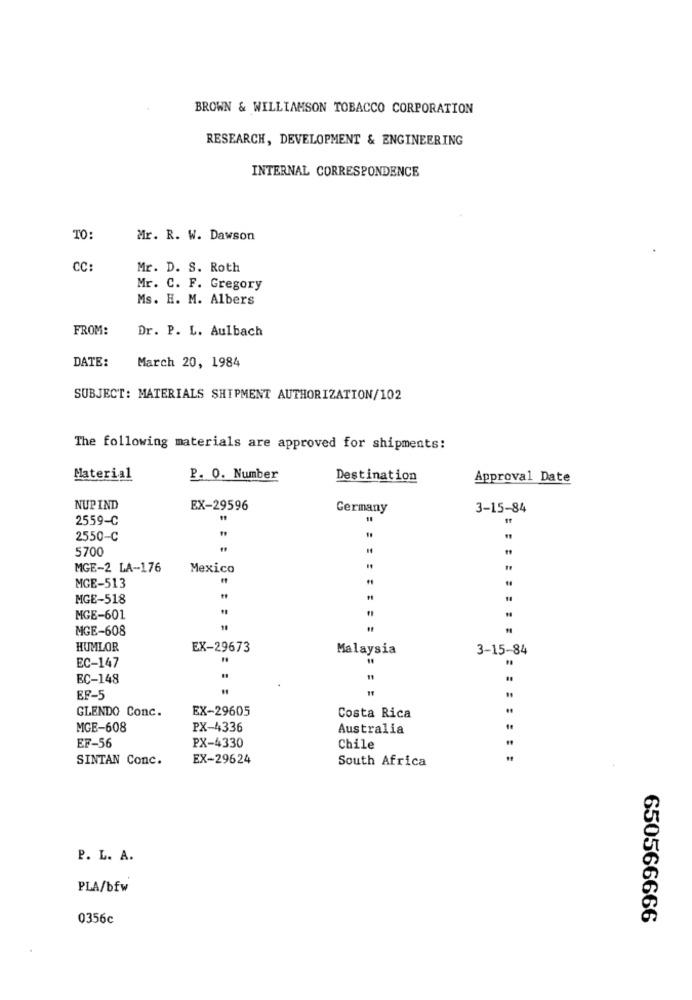
BROWN & WILLIAMSON TOBACCO CORPORATION
RESEARCH, DEVELOPMENT & ENGINEERING
INTERNAL CORRESPONDENCE
TO:
Mr. R. W. Dawson
CC
Mr. D. S. Roth
Mr. C. F. Gregory
Ms. H. M. Albers
FROM:
Dr. P. L. Aulbach
DATE:
March 20, 1984
SUBJECT: MATERIALS SHIPMENT AUTHORIZATION/102
The following materials are approved for shipments:
Material
P. O. Number
Destination
Approval Date
NUP IND
EX-29596
Germany
3-15-84
2559-C
2550-C
5700
MGE-2 LA-176
Mexico
MGE-513
MGE-518
MGE-601
MGE-608
HUMLOR
EX-29673
Malaysia
3-15-84
EC-147
EC-148
EF-5
GLENDO Conc.
EX-29605
Costa Rica
MGE-608
PX-4336
Australia
EF-56
PX-4330
Chile
SINTAN Conc.
EX-29624
South Africa
P. L. A.
PLA/bfw
0356c
650566666